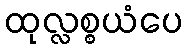
ထုလ္လစ္စယံပေ